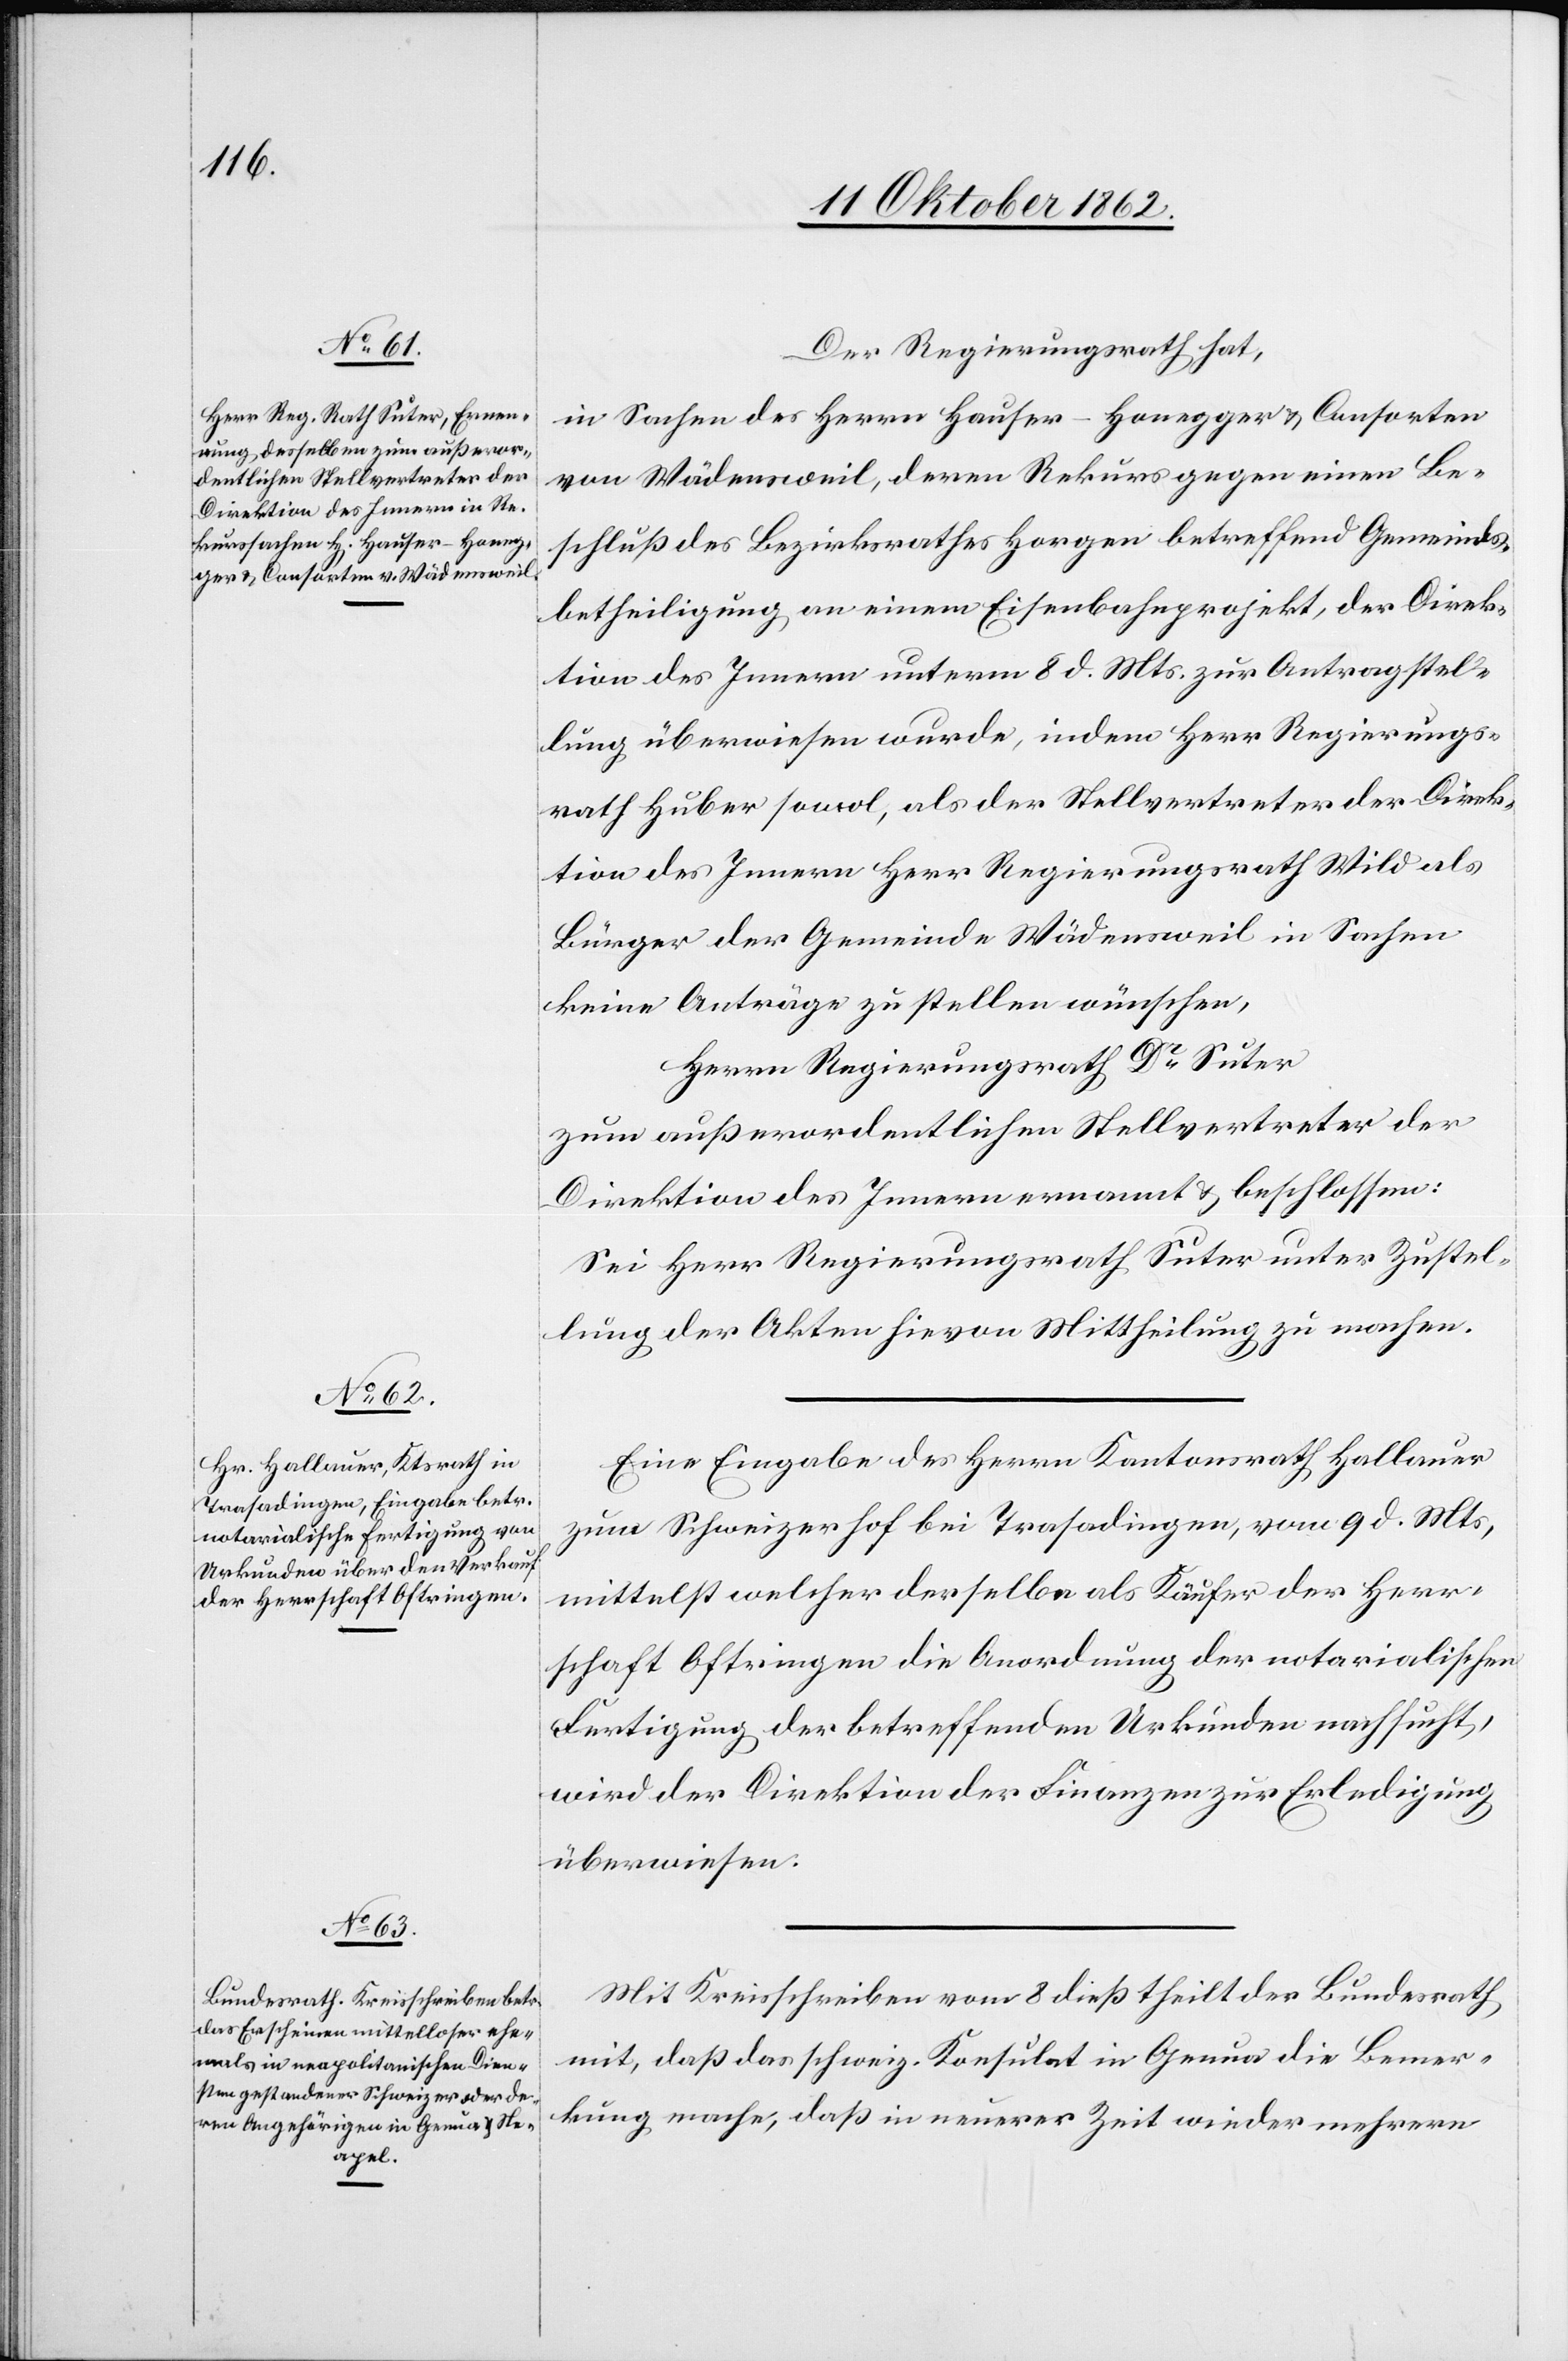
Der Regierungsrath hat,
in Sachen des Herrn Hauser-Honegger u. Consorten
von Wädensweil, deren Rekurs gegen einen Be¬
schluß des Bezirksrathes Horgen betreffend Gemeinds¬
betheiligung an einem Eisenbahnprojekt, der Direk¬
tion des Innern unterm 8. d. Mts. zur Antragstel¬
lung überwiesen wurde, indem Herr Regierungs¬
rath Huber sowol, als der Stellvertreter der Direk¬
tion des Innern Herr Regierungsrath Wild als
Bürger der Gemeinde Wädensweil in Sachen
keine Anträge zu stellen wünsche,
Herr Regierungsrath Dr. Suter
zum außerordentlichen Stellvertreter der
Direktion des Innern ernannt u. beschlossen:
Sei Herr Regierungsrath Suter unter Zustel¬
lung der Akten hievon Mittheilung zu machen.
Eine Eingabe des Herrn Kantonsrath Hallauer
zum Schweizerhof bei Trasadingen, vom 9. d. Mts.,
mittelst welcher derselbe als Käufer der Herr¬
schaft Oftringen die Anordnung der notarialischen
Fertigung der betreffenden Urkunden nachsucht,
wird der Direktion der Finanzen zur Erledigung
überwiesen.
Mit Kreisschreiben vom 8. dieß theilt der Bundesrath
mit, daß das schweiz. Konsulat in Genua die Bemer¬
kung mache, daß in neuerer Zeit wieder mehrere